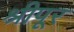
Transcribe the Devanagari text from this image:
श्रीपूर